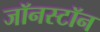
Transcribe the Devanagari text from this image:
जॉनस्टॉन